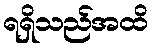
ရရှိသည်အထိ